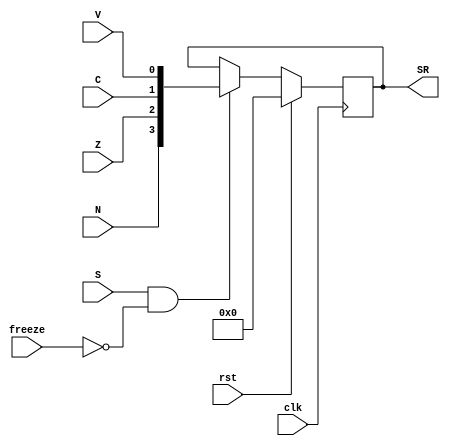
module statusregister (input clk, rst, N, Z, C, V, S,output reg [3:0] SR
,input freeze);
	
	always @(negedge clk)
	begin
		if (rst) 
			SR <= 4'd0;
		else if (S  && ~(freeze))
			SR <= {N, Z, C, V};
		else
			SR <= SR;
	end
	
endmodule